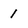
Character: 1